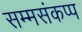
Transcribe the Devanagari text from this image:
सम्मसंकप्प